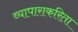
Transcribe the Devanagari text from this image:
व्यापाराकरिता